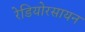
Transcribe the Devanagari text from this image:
रेडियोरसायन